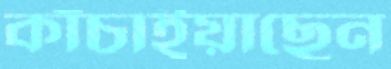
কাঁচাইয়াছেন